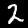
Label: 2